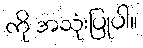
ကို အသုံးပြုပါ။